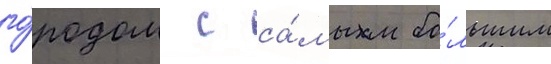
го́родом с са́мым бо́льшим